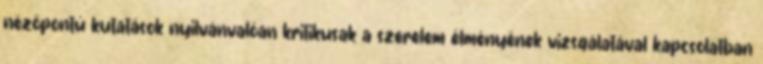
nézőpontú kutatások nyilvánvalóan kritikusak a szerelem élményének vizsgálatával kapcsolatban